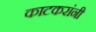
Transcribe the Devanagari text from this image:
काटकरांनी